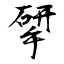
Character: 揅